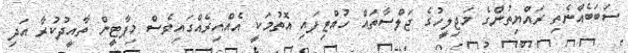
ސަބަބެއްނެތި ރައްޔިތުންގެ މަޖިލީހުގެ ޖަލްސާތައް ހުއްޓިފައި އޮތުމަކީ އެއްއިރެއްގައިވެސް މިޕާޓީން ތާއީދުކުރާ އަދި